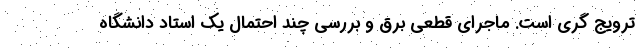
ترویج گری است. ماجرای قطعی برق و بررسی چند احتمال یک استاد دانشگاه